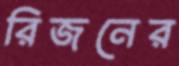
রিজনের